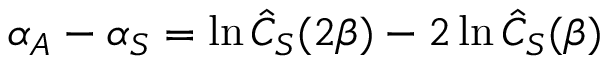
\alpha _ { A } - \alpha _ { S } = \ln \hat { C } _ { S } ( 2 \beta ) - 2 \ln \hat { C } _ { S } ( \beta )